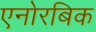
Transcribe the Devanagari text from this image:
एनोरबिक